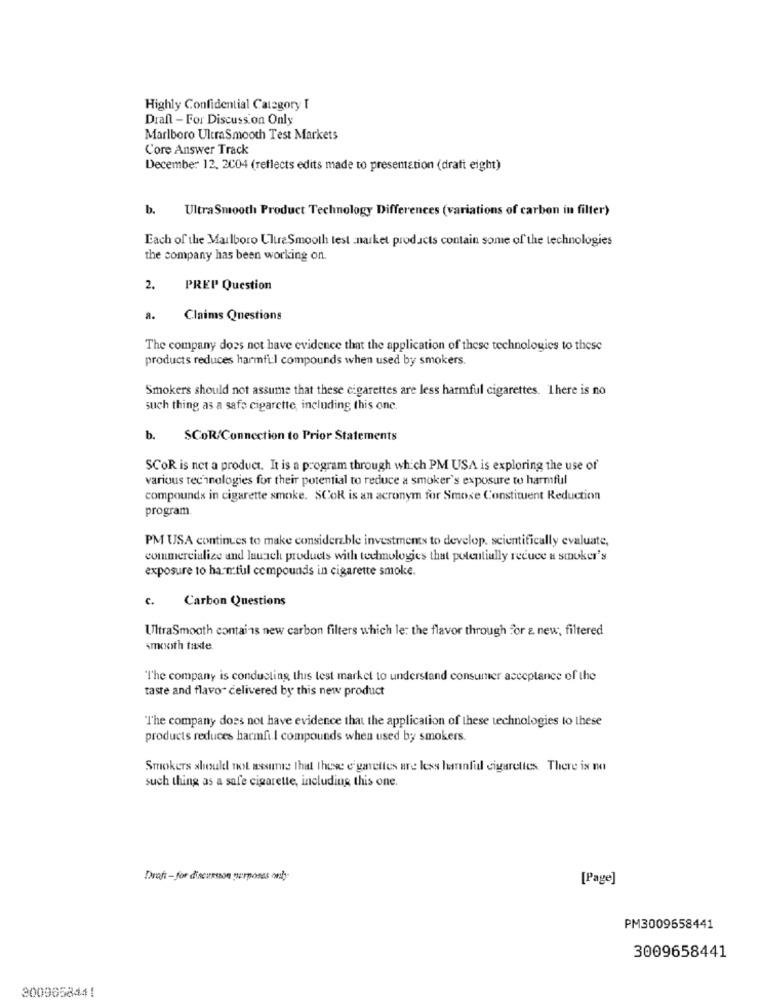
Highly Confidential Category T
Draft - For Discussion Only
Marlboro UltraSmooth Test Markets
Core Answer Track
December 12. 2004 (reflects edits made to presentation (dratt eight)
b.
UltraSmooth Product Technology Differences (variations of carbon in filter)
Each of the Marlboro UluraSmooth test narket products contain some of the technologies
the company has been working on.
2.
PREP Question
a. Claims Questions
The company does not have evidence that the application of these technologies to these
products reduces harmful compounds when used by smokers.
Smokers should not assume that these cigarettes are less harmful cigarettes. There is no
such thing as a safe cigarette, including this one.
b. SCoR/Connection to Prior Statements
SCOR is net a product. It is a program through which PM USA is exploring the use of
various technologies for their potential to reduce a smoker's exposure to harmful
compounds in cigarette smoke. SCOR is an acronym for Smose Constituent Reduction
program
PM USA continues to make considerable investments to develop. scientifically evaluate,
commercialize and luusich products with technologies that potentially reduce a smoker's
exposure to harmful compounds in cigarette smoke.
c.
Carbon Questions
UltraSmooth contains new carbon filters which le: the flavor through for & new, filtered
smooth taste
"The company is conducting this test market to understand consumer acceptance of the
taste and flavor delivered by this new product
The company does not have evidence that the application of these technologies to these
products reduces harmful compounds when used by smokers.
Smokers should not assume that these e garettes are less hannful cigarettes. There is no
such thing as a safe cigarette, including this one.
Draft - for discussion purposes only-
[Page]
PM3009658441
3009658441
3009658441